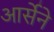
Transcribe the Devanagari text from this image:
आर्सेने